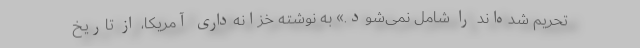
تحریم شده‌اند را شامل نمی‌شود.» به نوشته خزانه‌داری آمریکا، از تاریخ